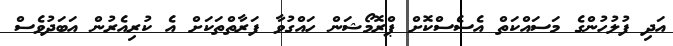
އަދި ފުލުހުންގެ މަސައްކަތް އެސެސްކޮށް ޕްރޮމޯޝަން ހައްގުވާ ފަރާތްތަކަށް އެ ކުރިއެރުން އަބަދުވެސް